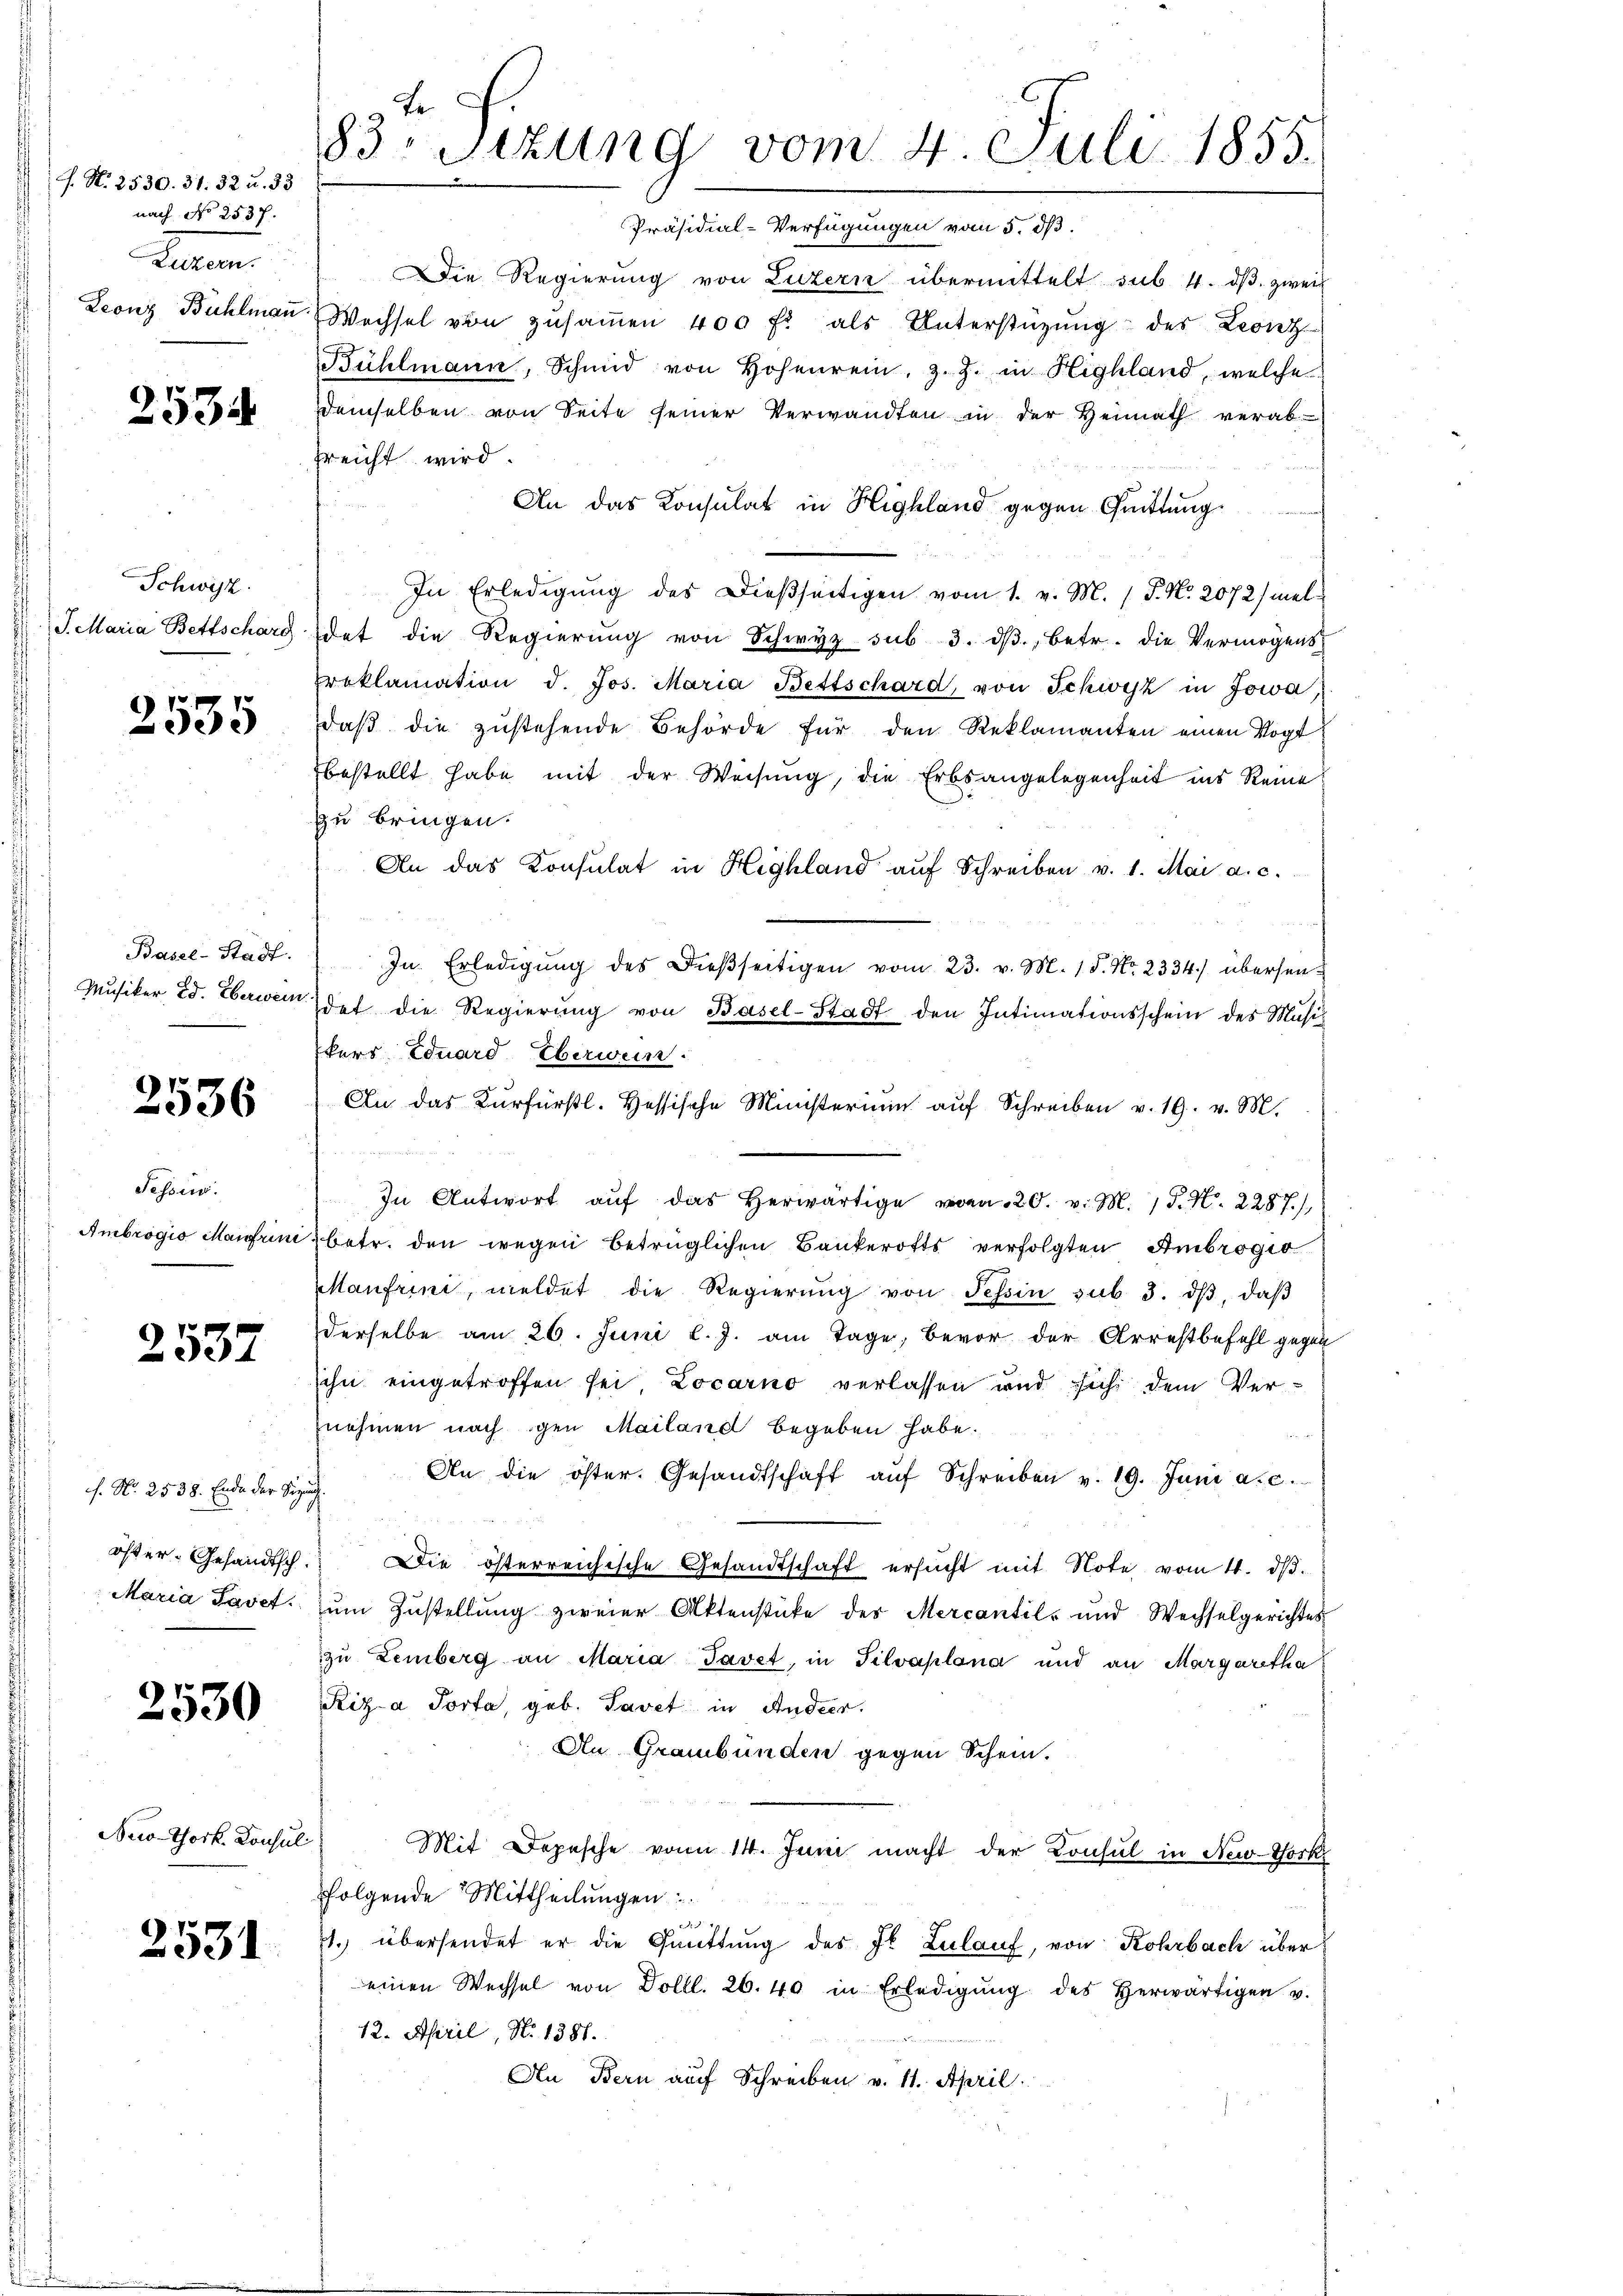
J. N. 2530. 31. 32 u. 33
nach No 2537.
Luzern.
Leonz Bühlmann.

2534

Schweiz.
J. Maria Bettscharg

2535

Basel-Stadt.
Musiker, Ed. Eberwein

2536

Fessen.
Ambrogio Maifun

2537

c. No. 2538. Ende der Sitzuth
öfter. Gesandtsch.
Maria Pavet.

2530

Neco-Thork. Konsul

2531

3 x
83 Stzung vom 4. Juli 1855.
Präsidial-Verfügungen vom 5. dß.

Die Regierung von Luzern übermittelt sub. 4. dβ, zwei
Wechsel von zŭsaṁen 400 fl als Unterstützŭng des Leonz
Bühlmann, Schmid von Hohenrein, z. Z. in Highland, welche
demselben von Seite seiner Verwandten in der Heimath verabsreicht wird.
An das Konsulat in Highland gegen Quittung
u
In Erledigung des Dießseitigen vom 1. v. M. (T. No. 2072/ meldet die Regierung von Schwyz sub 3. dβ, betr. die Vermögens
reklamation d. Jos. Maria Bettschard, von Schwyz in Jowa
daβ die zustehende Behörde für den Reklamanten einen Vogt
bestellt habe mit der Weisung, die Erbsangelegenheit ins Reine
zu bringen.
An das Konsulat in Highland auf Schreiben v. 1. Mai a. c.
In Erledigung des dießseitigen vom 23. v. M. 1 S. Nr. 2334) übersendet die Regierŭng von Basel-Stadt den Intimationsschein des Musik
kers Eduard Überwein.
An das Kurfürstl. Hessische Ministerium auf Schreiben v. 19. v. M.
In Antwort aŭf das herwärtigen 20. v. M. P. Nr. 2287/
betr. den wegen betrüglichen Bankerotts verfolgten Ambrogit
Manfrini, meldet die Regierŭng von Tessin sub 3. dβ, daβ
derselbe am 26. Juni l. J. am Tage, bevor der Arrestbefehl gegen
ihn eingetroffen sei Locarno verlassen und sich dem Vernehmen nach gen Mailand begeben habe.
An die öster. Gesandtschaft aŭf Schreiben v. 19. Juni a. c.
Die österreichische Gesandtschaft ersucht mit Note vom 4. dβ.
ŭm Zŭstellŭng zweier Aktenstücke des Mercantil- und Wechselgerichtes
zu Lemberg an Maria Javet, in Silvaplana und an Margaretha
Rizza Porta, geb. Tavet in Andeer.
An Graubünden gegen Schein.
Mit Depesche von 14. Juni macht der Consul in New-York
folgende Mittheilungen

. übersendet er die Quittung des Jb. Zulauf, von Rohrbach über
einen Wechsel von Dolll. 26. 40 in Erledigŭng des herwärtigen u.
12. April, No. 1381.
An Bern auf Schreiben v. 11. April